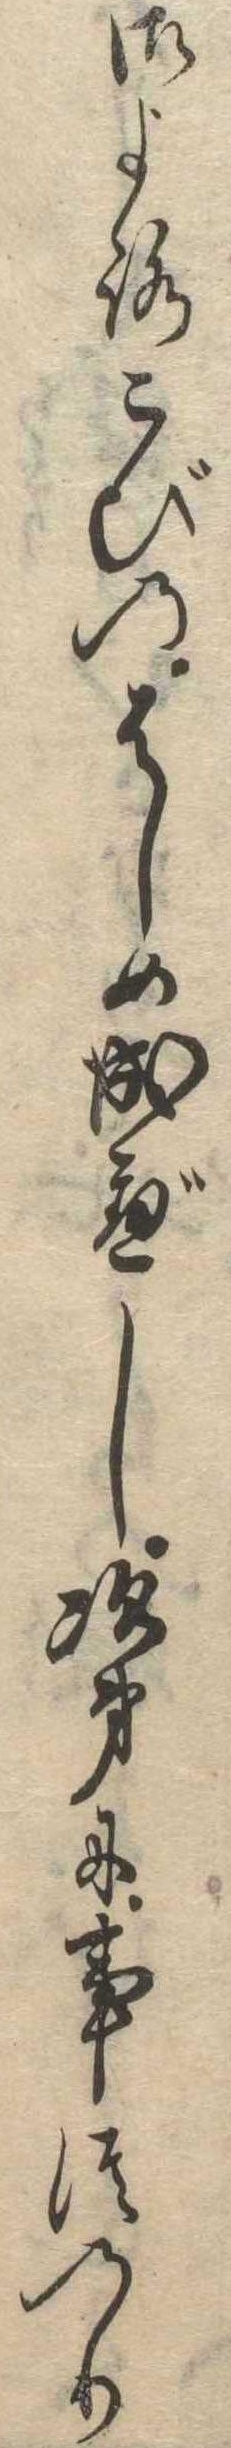
御よろこびのはしめ成べし次第に事つのり